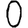
Digit: 0